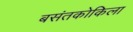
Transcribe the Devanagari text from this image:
बसंतकोकिला